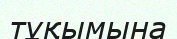
тұқымына